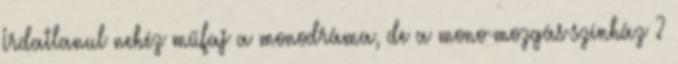
Irdatlanul nehéz műfaj a monodráma, de a mono-mozgás-színház ?